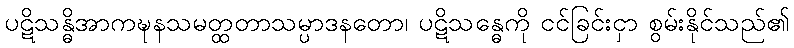
ပဋိသန္ဓိအာကဍ္ဎနသမတ္ထတာသမ္ပာဒနတော၊ ပဋိသန္ဓေကို ငင်ခြင်းငှာ စွမ်းနိုင်သည်၏